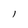
Character: l